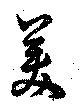
美